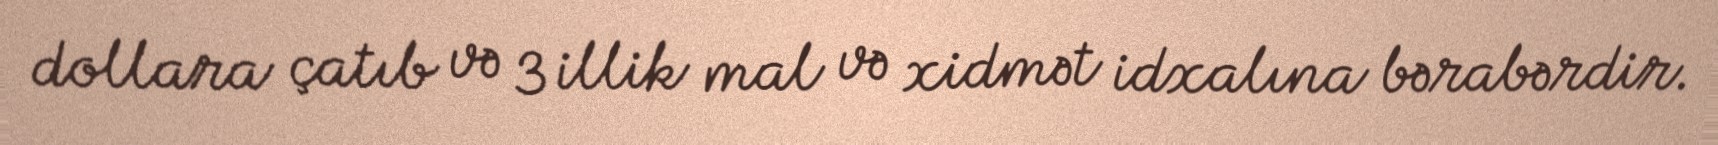
dollara çatıb və 3 illik mal və xidmət idxalına bərabərdir.